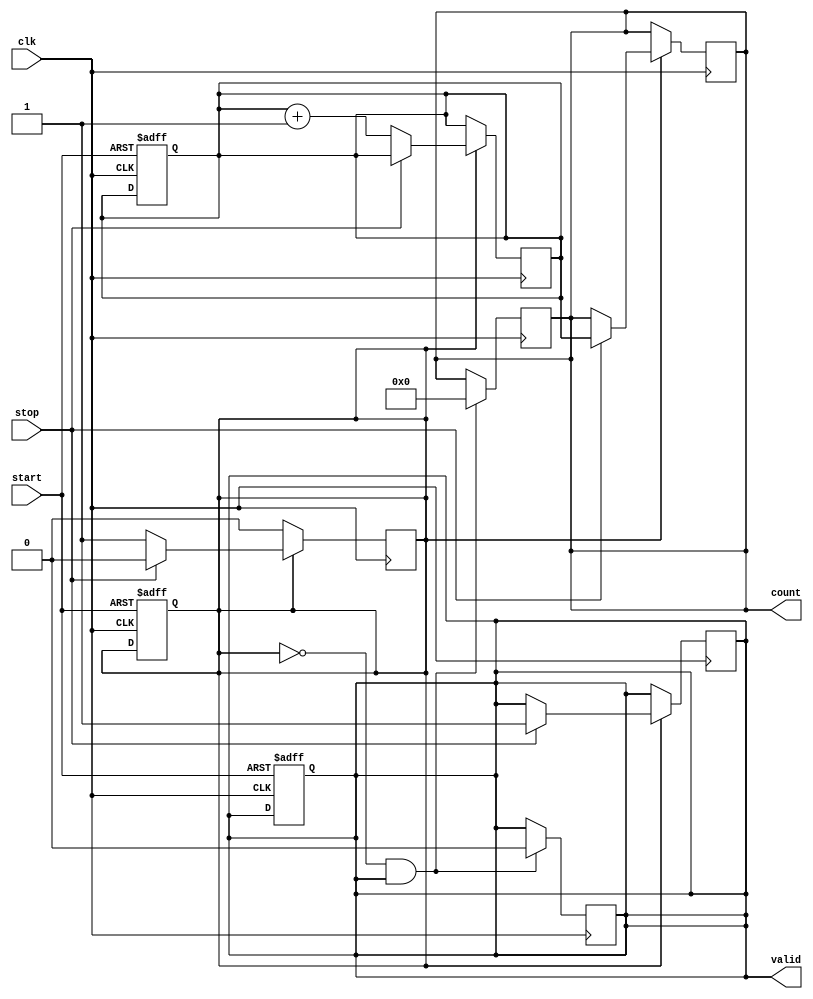
module TDC (
    input wire clk,               // Clock signal
    input wire start,             // Start signal
    input wire stop,              // Stop signal
    output reg [N-1:0] count,     // Count value (output register)
    output reg valid              // Indicates valid output
);

parameter N = 8; // Bit-width of counter (adjust based on the required range)
parameter DELAY_ELEMENTS = 16; // Number of delay elements
reg [N-1:0] counter;            // Internal counter
reg measuring;                  // Measuring state flag

// Delay line implementation using simple registers (can use inverters/buffers in hardware)
reg [DELAY_ELEMENTS-1:0] delay_line [0:DELAY_ELEMENTS-1]; // Delay elements
integer i;

// Initialize the delay line
always @(posedge clk or posedge start) begin
    if (start) begin
        for (i = 0; i < DELAY_ELEMENTS; i = i + 1) 
            delay_line[i] <= 0;
        counter <= 0;            // Reset counter
        valid <= 0;             // Reset valid output
        measuring <= 1;         // Set measuring state
    end
end

// Counter logic
always @(posedge clk) begin
    if (measuring) begin
        if (stop) begin
            measuring <= 0;                 // Stop measuring
            count <= counter;               // Store the count value as output
            valid <= 1;                     // Set valid output
        end else begin
            counter <= counter + 1;         // Increment the counter
            // Sample the delay line (optional, depending on specific sampling needs)
            for (i = 0; i < DELAY_ELEMENTS; i = i + 1) 
                delay_line[i] <= delay_line[i - 1]; // Simple delay chain
        end
    end
end

// Reset logic for when the processing is done (optional)
always @(posedge clk) begin
    if (!measuring && valid) begin
        count <= 0; // Optional reset for output
        valid <= 0; // Clear valid flag to indicate new measurement can start
    end
end

endmodule